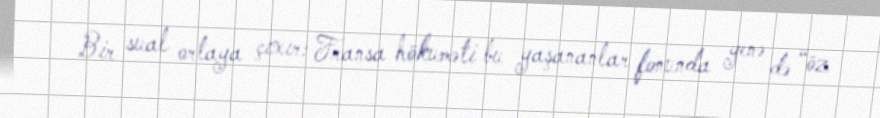
Bir sual ortaya çıxır: Fransa hökuməti bu yaşananlar fonunda yenə də “öz